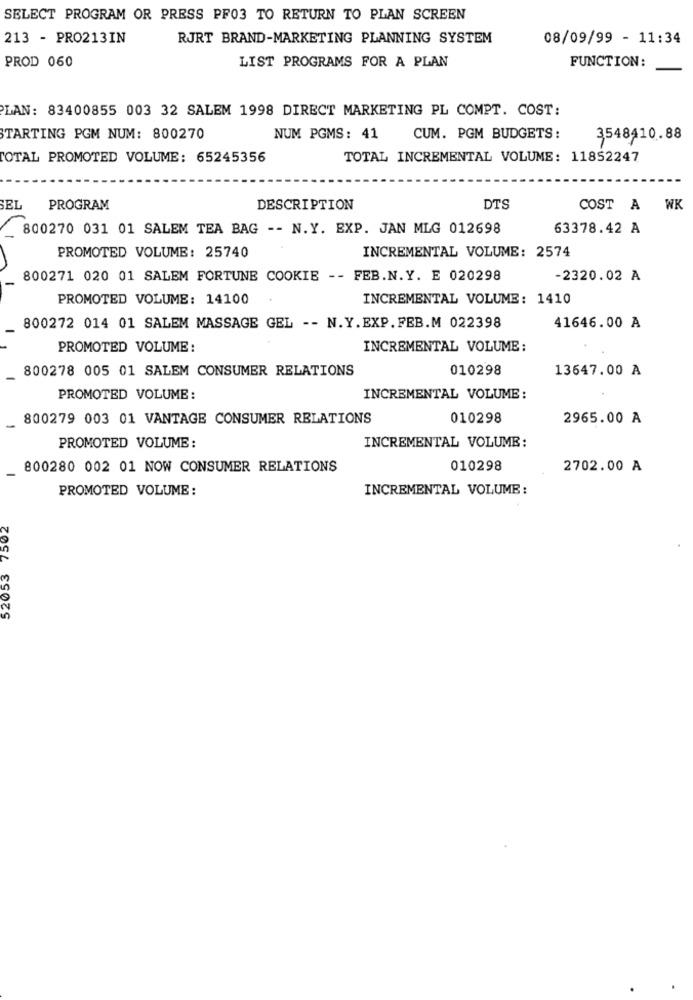
SELECT PROGRAM OR PRESS PF03 TO RETURN TO PLAN SCREEN
213 - PRO213IN
RJRT BRAND-MARKETING PLANNING SYSTEM
08/09/99 - 11:34
PROD 060
LIST PROGRAMS FOR A PLAN
FUNCTION:
LAN: 83400855 003 32 SALEM 1998 DIRECT MARKETING PL COMPT. COST:
STARTING PGM NUM: 800270
NUM PGMS: 41
CUM. PGM BUDGETS:
3548410.88
TOTAL PROMOTED VOLUME: 65245356
TOTAL INCREMENTAL VOLUME: 11852247
SEL
PROGRAM
DESCRIPTION
DTS
COST A
WK
800270 031 01 SALEM TEA BAG -- N.Y. EXP. JAN MLG 012698
63378.42 A
PROMOTED VOLUME: 25740
INCREMENTAL VOLUME: 2574
800271 020 01 SALEM FORTUNE COOKIE -- FEB.N.Y. E 020298
-2320.02 A
PROMOTED VOLUME: 14100
INCREMENTAL VOLUME: 1410
800272 014 01 SALEM MASSAGE GEL -- N.Y.EXP.FEB.M 022398
41646.00 A
PROMOTED VOLUME:
INCREMENTAL VOLUME:
800278 005 01 SALEM CONSUMER RELATIONS
010298
13647.00 A
PROMOTED VOLUME:
INCREMENTAL VOLUME:
800279 003 01 VANTAGE CONSUMER RELATIONS
010298
2965.00 A
PROMOTED VOLUME:
INCREMENTAL VOLUME:
800280 002 01 NOW CONSUMER RELATIONS
010298
2702.00 A
PROMOTED VOLUME:
INCREMENTAL VOLUME:
52053 7502